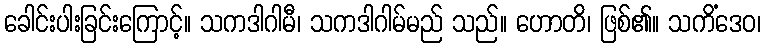
ခေါင်းပါးခြင်းကြောင့်။ သကဒါဂါမီ၊ သကဒါဂါမ်မည် သည်။ ဟောတိ၊ ဖြစ်၏။ သကိံဒေဝ၊